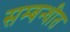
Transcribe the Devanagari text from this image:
सम्बन्धीत